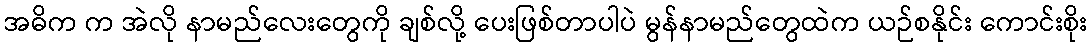
အဓိက က အဲလို နာမည်လေးတွေကို ချစ်လို့ ပေးဖြစ်တာပါပဲ မွန်နာမည်တွေထဲက ယဉ်စနိုင်း ကောင်းစိုး